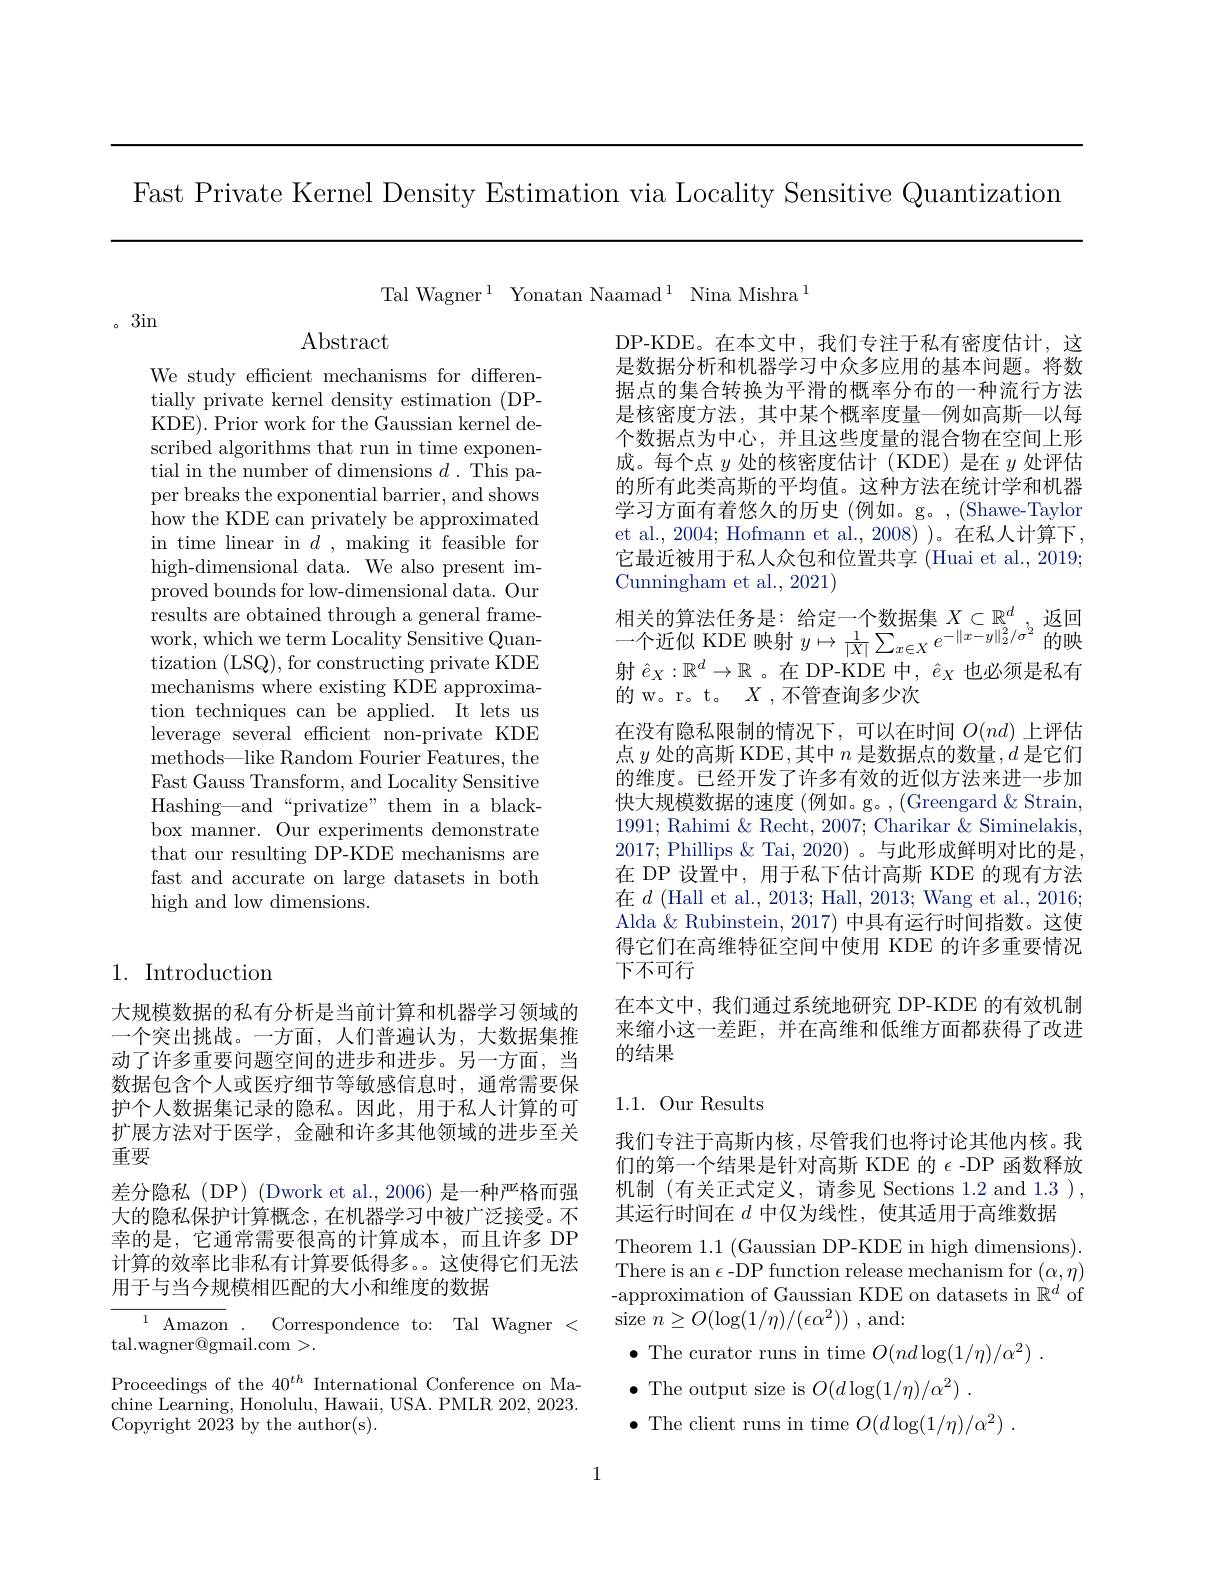
Fast Private Kernel Density Estimation via Locality Sensitive Quantization

Tal Wagner$^1$ Yonatan Naamad$^1$ Nina Mishra$^1$

。3in

Abstract

We study efficient mechanisms for differentially private kernel density estimation (DPKDE). Prior work for the Gaussian kernel described algorithms that run in time exponential in the number of dimensions $d.$ This paper breaks the exponential barrier, and shows how the KDE can privately be approximated in time linear in $d$ , making it feasible for high-dimensional data. We also present improved bounds for low-dimensional data. Our results are obtained through a general framework, which we term Locality Sensitive Quantization (LSQ), for constructing private KDE mechanisms where existing KDE approximation techniques can be applied. It lets us leverage several efficient non-private KDE methods—like Random Fourier Features, the Fast Gauss Transform, and Locality Sensitive Hashing—and“privatize”them in a blackbox manner. Our experiments demonstrate that our resulting DP-KDE mechanisms are fast and accurate on large datasets in both high and low dimensions.

## 1. Introduction

大规模数据的私有分析是当前计算和机器学习领域的一个突出挑战。一方面，人们普遍认为，大数据集推动了许多重要问题空间的进步和进步。另一方面，当数据包含个人或医疗细节等敏感信息时，通常需要保护个人数据集记录的隐私。因此，用于私人计算的可扩展方法对于医学，金融和许多其他领域的进步至关重要
差分隐私(DP) (Dwork et al.,2006) 是一种严格而强大的隐私保护计算概念，在机器学习中被广泛接受。不幸的是，它通常需要很高的计算成本，而且许多 DP 计算的效率比非私有计算要低得多。。这使得它们无法用于与当今规模相匹配的大小和维度的数据

$^{1}$ Amazon . Correspondence to: Tal Wagner <
tal. wagner@ gmail. com>.

Proceedings of the $40^{th}$ International Conference on Machine Learning, Honolulu, Hawaii, USA. PMLR 202, 2023. Copyright 2023 by the author(s).

DP-KDE。在本文中，我们专注于私有密度估计，这是数据分析和机器学习中众多应用的基本问题。将数据点的集合转换为平滑的概率分布的一种流行方法是核密度方法，其中某个概率度量一例如高斯—以每个数据点为中心，并且这些度量的混合物在空间上形成。每个点$y$处的核密度估计(KDE)是在$y$处评估的所有此类高斯的平均值。这种方法在统计学和机器学习方面有着悠久的历史(例如。g。,(Shawe-Taylon et al., 2004; Hofmann et al., 2008) )。在私人计算下， 它最近被用于私人众包和位置共享 (Huai et al., 2019; Cunningham et al., 2021)
$\begin{array}{l}\text{相关的算法任务是：给定一个数据集}&X\subset\mathbb{R}^d,&\text{返回}\\\text{一个近似 KDE 映射 }&y\mapsto\frac1{|X|}\sum_{x\in X}e^{-\|x-y\|_2^2/\sigma^2}&\text{的映}\end{array}$ 射$\hat{e}_X:\mathbb{R}^d\to\mathbb{R}$ 。在 DP-KDE 中，$\hat{e}_X$也必须是私有的 w。r。t。$X$,不管查询多少次
在没有隐私限制的情况下，可以在时间$O(nd)$上评估点$y$处的高斯 KDE ,其中$n$是数据点的数量$,d$是它们的维度。已经开发了许多有效的近似方法来进一步加快大规模数据的速度 (例如。g。, (Greengard & Strain, 1991; Rahimi & Recht, 2007; Charikar & Siminelakis 2017; Phillips & Tai, 2020) 。与此形成鲜明对比的是在 DP 设置中，用于私下估计高斯 KDE 的现有方法在$d$ (Hall et al., 2013; Hall, 2013; Wang et al., 2016; Alda $\&$ Rubinstein, 2017) 中具有运行时间指数。这使得它们在高维特征空间中使用 KDE 的许多重要情况下不可行
在本文中，我们通过系统地研究 DP-KDE 的有效机制来缩小这一差距，并在高维和低维方面都获得了改进的结果

### 1.1. Our Results

我们专注于高斯内核，尽管我们也将讨论其他内核。我们的第一个结果是针对高斯 KDE 的$\epsilon$ -DP 函数释放机制 (有关正式定义，请参见 Sections 1.2 and 1.3 ), 其运行时间在$d$中仅为线性，使其适用于高维数据
Theorem 1.1 (Gaussian DP-KDE in high dimensions). There is an $\epsilon$-DP function release mechanism for $(\alpha,\eta)$ -approximation of Gaussian KDE on datasets in $\mathbb{R}^d$ of size $n\geq O(\log(1/\eta)/(\epsilon\alpha^2))$ , and:
$\bullet$ The curator runs in time $O( nd\log ( 1/ \eta ) / \alpha ^2)$ .
$\bullet$ The output size is $O( d\log ( 1/ \eta ) / \alpha ^2)$ .
$\bullet$ The client runs in time $O( d\log ( 1/ \eta ) / \alpha ^2)$ .

1